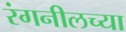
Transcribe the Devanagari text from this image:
रंगनीलच्या